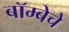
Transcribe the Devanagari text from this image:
बॉम्बेचे